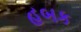
હબક